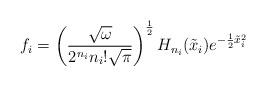
LaTeX: \begin{align*}f_{i}= \left(\frac{\sqrt{\omega}}{2^{n_{i}} n_{i}!\sqrt{\pi}}\right)^{\frac{1}{2}}H_{n_{i}}(\tilde{x}_{i})e^{-\frac{1}{2}\tilde{x}_{i}^{2}}\end{align*}